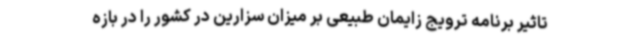
تاثیر برنامه ترویج زایمان طبیعی بر میزان سزارین در کشور را در بازه